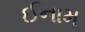
ઈનામ